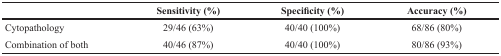
<table><thead><tr><td></td><td><b>Sensitivity (%)</b></td><td><b>Specificity (%)</b></td><td><b>Accuracy (%)</b></td></tr></thead><tbody><tr><td>Cytopathology</td><td>29/46 (63%)</td><td>40/40 (100%)</td><td>68/86 (80%)</td></tr><tr><td>Combination of both</td><td>40/46 (87%)</td><td>40/40 (100%)</td><td>80/86 (93%)</td></tr></tbody></table>